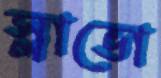
স্লাভো